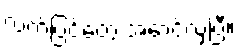
လက်ပြင်တွေ အောင့်လှပြီ။